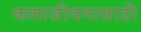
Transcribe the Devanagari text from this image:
कलाजीवनासाठी